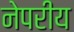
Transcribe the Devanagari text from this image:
नेपरीय